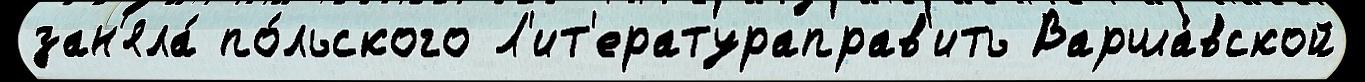
зан'яла́ по́льского Л'ит'ератураправ'ить Варша́вской